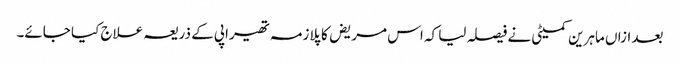
بعد ازاں ماہرین کمیٹی نے فیصلہ لیا کہ اس مریض کا پلازمہ تھیراپی کے ذریعہ علاج کیا جائے۔